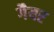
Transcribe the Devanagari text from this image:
गैयर